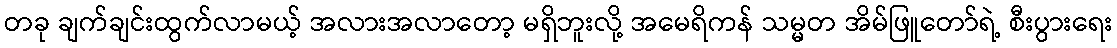
တခု ချက်ချင်းထွက်လာမယ့် အလားအလာတော့ မရှိဘူးလို့ အမေရိကန် သမ္မတ အိမ်ဖြူတော်ရဲ့ စီးပွားရေး